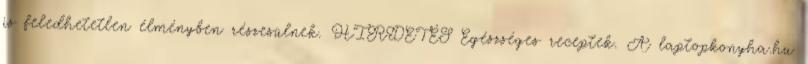
is feledhetetlen élményben részesülnek. HIRDETÉS Egészséges receptek. A laptopkonyha.hu